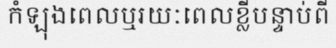
កំឡុងពេលឬរយៈពេលខ្លីបន្ទាប់ពី